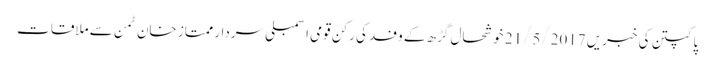
پاکپتن کی خبریں 21/5/2017	 خوشحال گڑھ کے وفد کی رکن قومی اسمبلی سردار ممتاز خان ٹمن سے ملاقات